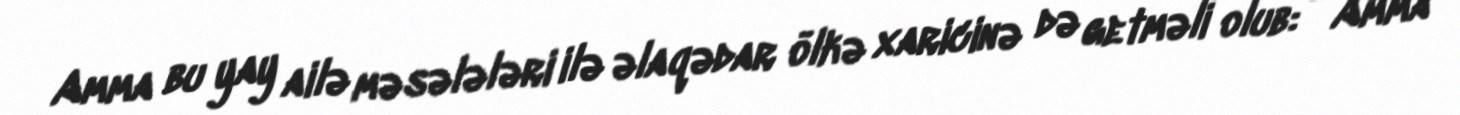
Amma bu yay ailə məsələləri ilə əlaqədar ölkə xaricinə də getməli olub: - Amma